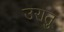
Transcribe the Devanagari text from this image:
उरातु